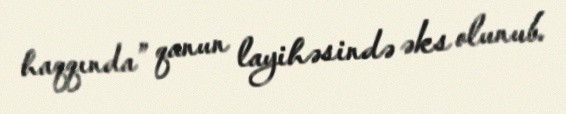
haqqında” qanun layihəsində əks olunub.